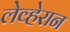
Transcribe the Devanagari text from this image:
लेव्हेरान